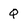
Character: Q